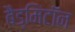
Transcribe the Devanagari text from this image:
बैड्मिंटॉन